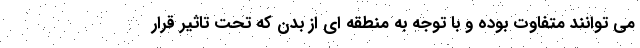
می توانند متفاوت بوده و با توجه به منطقه ای از بدن که تحت تاثیر قرار